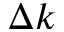
\Delta k